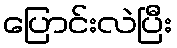
ပြောင်းလဲပြီး